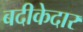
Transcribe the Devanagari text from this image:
बदीकेदार